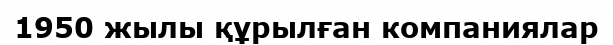
1950 жылы құрылған компаниялар